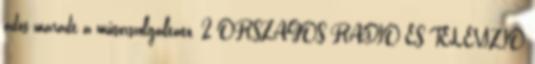
adós maradt a műsorszolgáltató. 2 ORSZÁGOS RÁDIÓ ÉS TELEVÍZIÓ